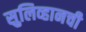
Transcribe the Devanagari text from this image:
सुलिव्हानची